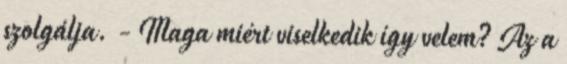
szolgálja. - Maga miért viselkedik így velem? Az a